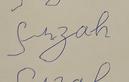
Signature authenticity: forged